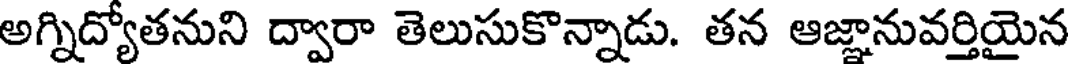
అగ్నిద్యోతనుని ద్వారా తెలుసుకొన్నాడు. తన ఆజ్ఞానువర్తియైన